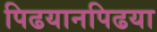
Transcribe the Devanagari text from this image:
पिढयानपिढया